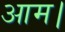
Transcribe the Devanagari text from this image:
आम।